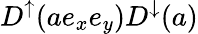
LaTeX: D^{\uparrow}(ae_{x}e_{y})D^{\downarrow}(a)